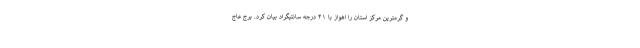
و گرمترین مرکز استان را اهواز با ۴۱ درجه سانتیگراد بیان کرد. برج عاج